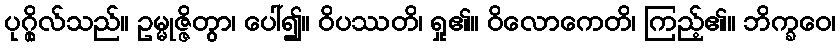
ပုဂ္ဂိုလ်သည်။ ဥမ္မုဇ္ဇိတွာ၊ ပေါ်၍။ ဝိပဿတိ၊ ရှု၏။ ဝိလောကေတိ၊ ကြည့်၏။ ဘိက္ခဝေ၊